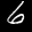
Label: 6